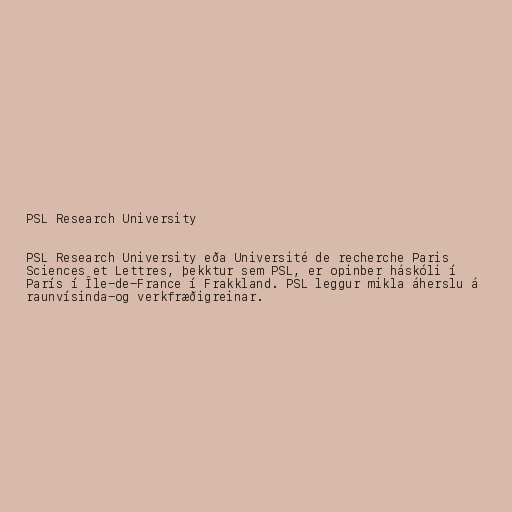
PSL Research University

PSL Research University eða Université de recherche Paris
Sciences et Lettres, þekktur sem PSL, er opinber háskóli í
París í Île-de-France í Frakkland. PSL leggur mikla áherslu á
raunvísinda-og verkfræðigreinar.